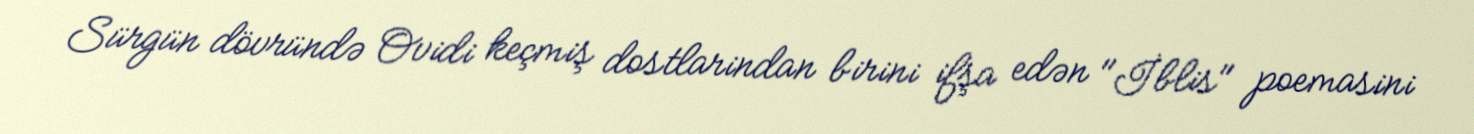
Sürgün dövründə Ovidi keçmiş dostlarindan birini ifşa edən "İblis" poemasini